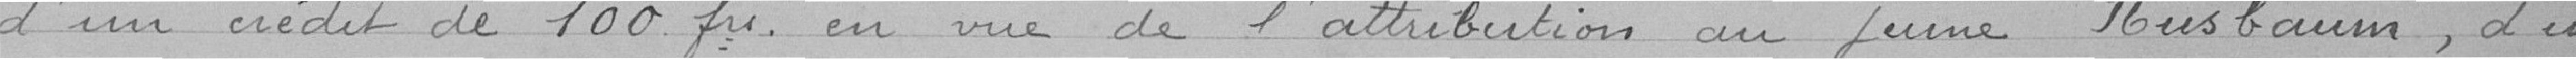
d'un crédit de 100 francs en vue de l'attribution au jeune Nusbaum, d'un